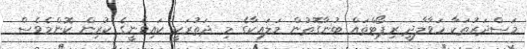
މަސްދަރުތަކާ ހަވާލާދީ ރިޕޯޓްތައް ބުނާގޮތުން މަލައިކާގެ މި ދަތުރަކީ ކައިވެނީގެ ކުރިން ކޮންމެވެސް